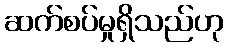
ဆက်စပ်မှုရှိသည်ဟု